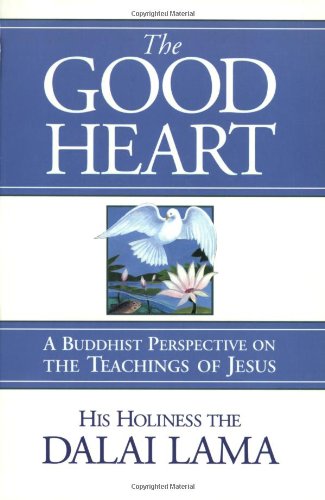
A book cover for The Good Heart: A Buddhist Perspective on the Teachings of Jesus; Dalai Lama; Religion & Spirituality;